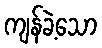
ကျန်ခဲ့သော